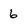
Character: 6